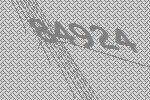
84924